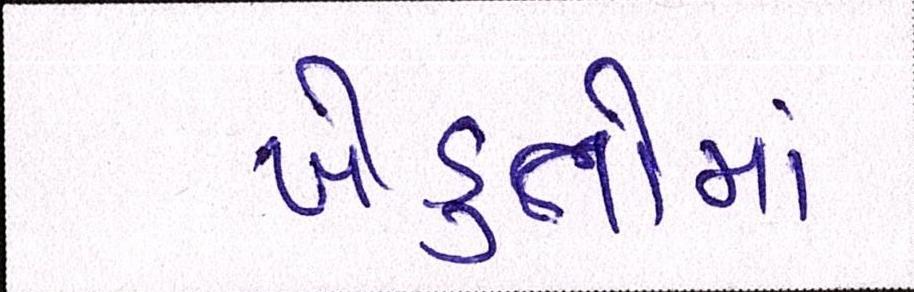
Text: ખેડુતોમાં